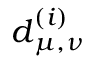
\boldsymbol d _ { \mu , \nu } ^ { ( i ) }